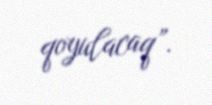
qoyulacaq”.